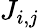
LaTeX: J_{i,j}